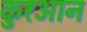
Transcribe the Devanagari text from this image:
कुर॑आन